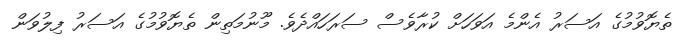
ތެޔޮވުމުގެ އަސަރު އެންމެ އަވަހަށް ކުރާވެސް ސަރަހައްދެވެ. މޫނުމަތިން ތެޔޮވުމުގެ އަސަރު ފިލުވަން